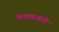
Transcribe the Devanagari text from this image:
कादंबऱ्याचे